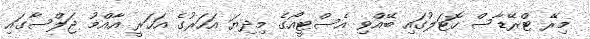
މިރޭ ޓްރޭޑާސް ހޮޓަލުގައި ބޭއްވި އެސްޓީއޯގެ މިދިޔަ އަހަރުގެ އަހަރީ އާއްމު ޖަލްސާގައި